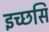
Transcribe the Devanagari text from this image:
इच्छसि